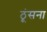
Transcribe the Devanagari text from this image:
ठूंसना